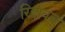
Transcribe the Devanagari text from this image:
रिझवत